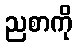
ညစာကို